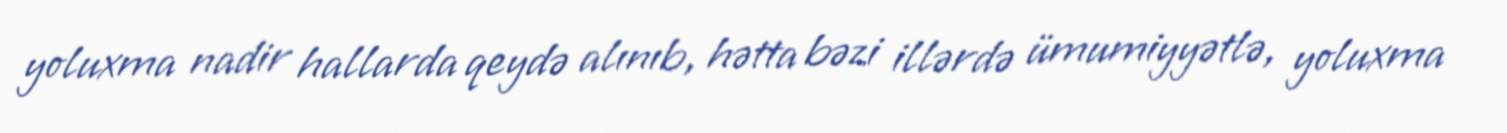
yoluxma nadir hallarda qeydə alınıb, hətta bəzi illərdə ümumiyyətlə, yoluxma